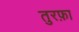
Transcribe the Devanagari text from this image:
तुरफ़ा